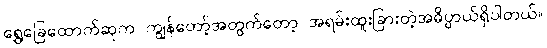
ရွှေခြေထောက်ဆုက ကျွန်တော့်အတွက်တော့ အရမ်းထူးခြားတဲ့အဓိပ္ပာယ်ရှိပါတယ်။